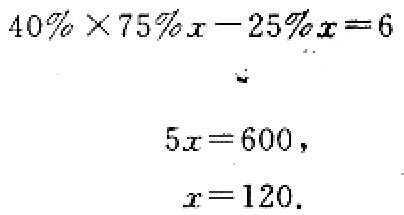
\[

\begin{align*}

40\% \times 75\%x - 25\%x&=6\\

5x&=600\\

x&=120

\end{align*}

\]